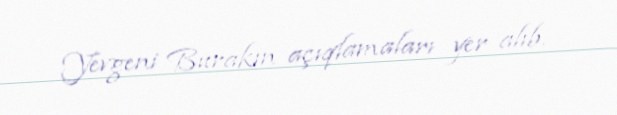
Yevgeni Burakın açıqlamaları yer alıb.